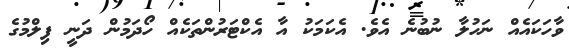
ވާހަކައެއް ނަހުލާ ނުބުނެ އެވެ. އެކަމަކު އާ އެކްޓަރުންތަކެއް ހޯދަމުން ދަނީ ފިލްމުގެ